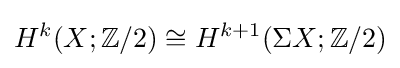
H^{k}(X;\mathbb {Z} /2)\cong H^{k+1}(\Sigma X;\mathbb {Z} /2)